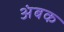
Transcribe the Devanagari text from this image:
अंबक